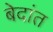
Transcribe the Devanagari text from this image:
बेदांत